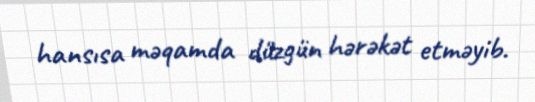
hansısa məqamda düzgün hərəkət etməyib.